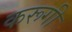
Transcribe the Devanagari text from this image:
करूगी